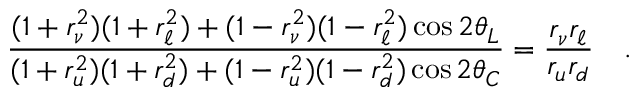
\frac { ( 1 + r _ { \nu } ^ { 2 } ) ( 1 + r _ { \ell } ^ { 2 } ) + ( 1 - r _ { \nu } ^ { 2 } ) ( 1 - r _ { \ell } ^ { 2 } ) \cos 2 \theta _ { L } } { ( 1 + r _ { u } ^ { 2 } ) ( 1 + r _ { d } ^ { 2 } ) + ( 1 - r _ { u } ^ { 2 } ) ( 1 - r _ { d } ^ { 2 } ) \cos 2 \theta _ { C } } = \frac { r _ { \nu } r _ { \ell } } { r _ { u } r _ { d } } \quad .